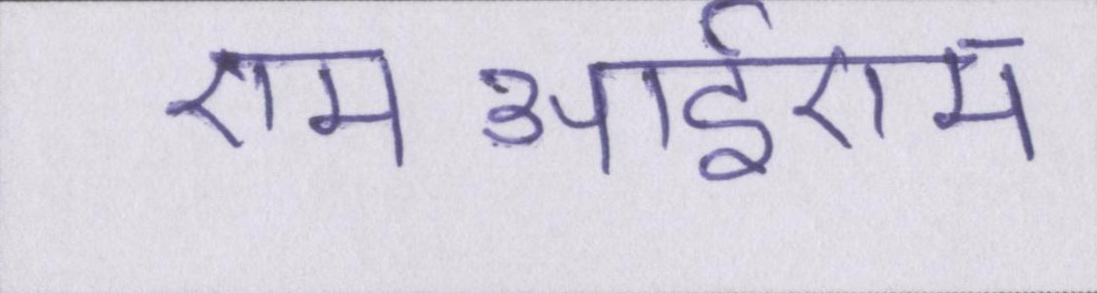
एमआईएम